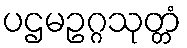
ပဌမဥဂ္ဂသုတ္တံ